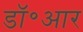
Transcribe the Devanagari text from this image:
डॉ॰आर